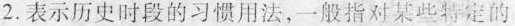
2.表示历史时段的习惯用法，一般指对某些特定的